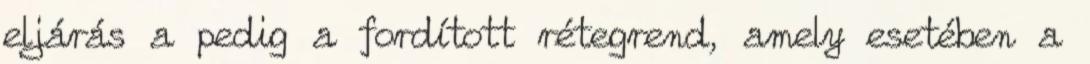
eljárás a pedig a fordított rétegrend, amely esetében a